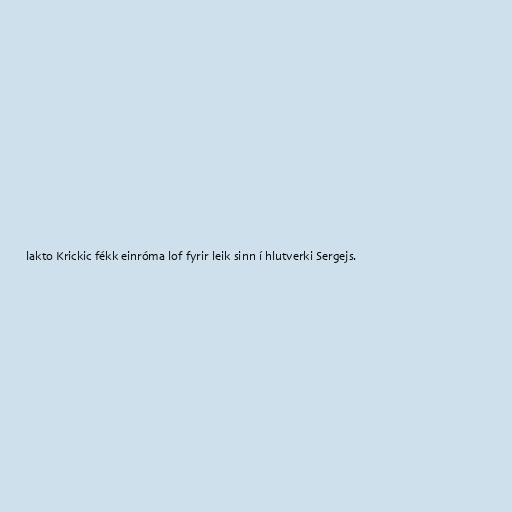
lakto Krickic fékk einróma lof fyrir leik sinn í hlutverki Sergejs.